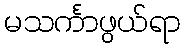
မသင်္ကာဖွယ်ရာ